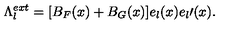
\Lambda _ { l } ^ { e x t } = [ B _ { F } ( x ) + B _ { G } ( x ) ] e _ { l } ( x ) e _ { l } \prime ( x ) .